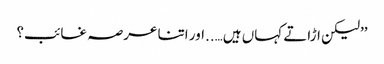
’’لیکن اڑاتے کہاں ہیں…..اور اتنا عرصہ غائب؟